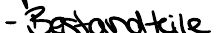
-Bestandteile